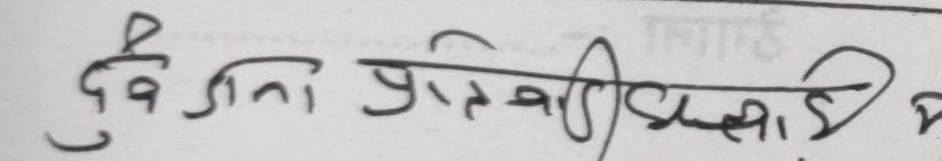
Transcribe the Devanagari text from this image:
देवगना प्रतिवादी छमाडी